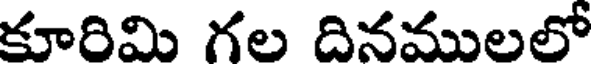
కూరిమి గల దినములలో